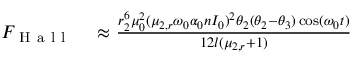
\begin{array} { r l } { F _ { \mathrm { ~ H ~ a ~ l ~ l ~ } } } & { { } \approx \frac { r _ { 2 } ^ { 6 } \mu _ { 0 } ^ { 2 } ( \mu _ { 2 , r } \omega _ { 0 } \alpha _ { 0 } n I _ { 0 } ) ^ { 2 } \theta _ { 2 } ( \theta _ { 2 } - \theta _ { 3 } ) \cos ( \omega _ { 0 } t ) } { 1 2 l ( \mu _ { 2 , r } + 1 ) } } \end{array}